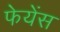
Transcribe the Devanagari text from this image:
फेयेंस